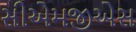
સીએમજીએસ